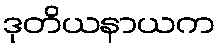
ဒုတိယနာယက